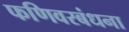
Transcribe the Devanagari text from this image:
फणिवरबंधना